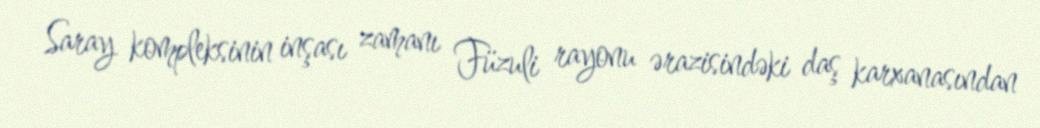
Saray kompleksinin inşası zamanı Füzuli rayonu ərazisindəki daş karxanasından